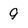
Character: g